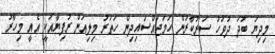
މިދިޔަ ބުދަ ދުވަހު ސަރުކާރުން ހަމަޖައްސައިދިން ހަތަރު މިލިއަން ރުފިޔާއަކީ އެއީ މިހާރު